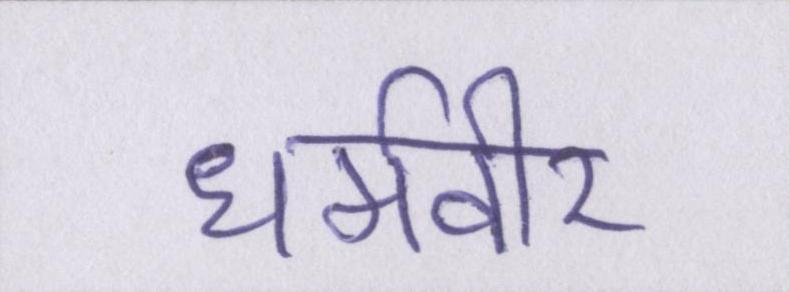
धर्मवीर